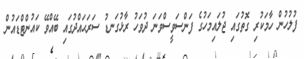
ފުލުހުން ހާމަކުރި ގޮތުގައި ޖުލައިމަހުގެ ފަންސަވީސްވަނަ ދުވަހު ރާޅުގަނޑު ސަރަޙައްދުގައި ބޭއްވޭ ކައުންޓްޑައުން